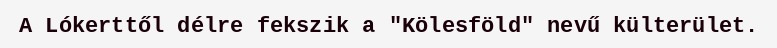
A Lókerttől délre fekszik a "Kölesföld" nevű külterület.